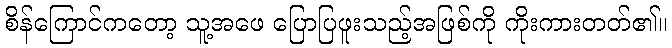
စိန်ကြောင်ကတော့ သူ့အဖေ ပြောပြဖူးသည့်အဖြစ်ကို ကိုးကားတတ်၏။